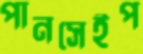
পানসেইপ